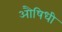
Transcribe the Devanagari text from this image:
औषिधी